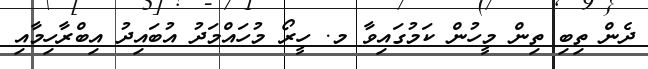
ދެން ތިބި ތިން މީހުން ކަމުގައިވާ މ. ހީރޯ މުހައްމަދު އުބައިދު އިބްރާހިމާއި